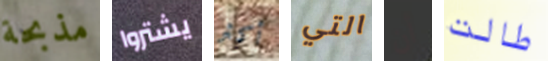
مذبحة يشتروا أكثر التي أن طالت